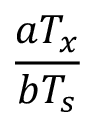
\frac { a T _ { x } } { b T _ { s } }